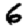
Digit: 6